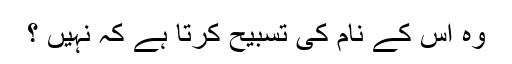
وہ اس کے نام کی تسبیح کرتا ہے کہ نہیں ؟